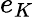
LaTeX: e_{K}